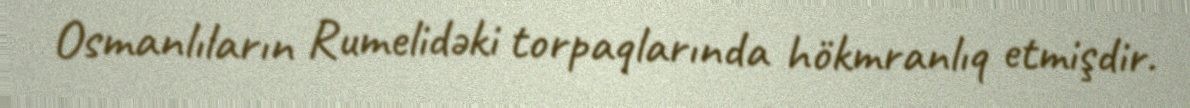
Osmanlıların Rumelidəki torpaqlarında hökmranlıq etmişdir.